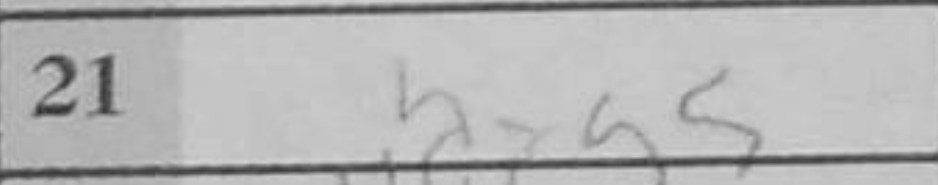
Transcription: bxg5